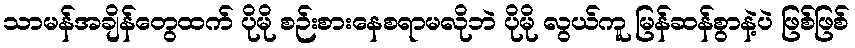
သာမန်အချိန်တွေထက် ပိုမို စဉ်းစားနေစရာမလိုဘဲ ပိုမို လွယ်ကူ မြန်ဆန်စွာနဲ့ပဲ ဖြစ်ဖြစ်